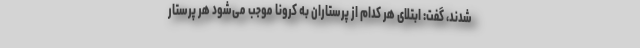
شدند، گفت: ابتلای هر کدام از پرستاران به کرونا موجب می‌شود هر پرستار